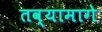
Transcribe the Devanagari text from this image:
तव्यामागे